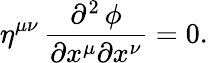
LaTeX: \eta^{\mu\nu}\, {\frac{\partial^{2}\, \phi}{\partial x^{\mu}\partial x^{\nu}}}=0.